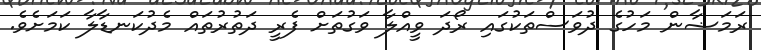
ރަމަޟާން މަހުގެ ދުވަސްތަކުގައި ރޯދަ ވީއްލާ ވަގުތަށް ފެރީ ދަތުރުތައް މެދުކަނޑާލާ ކަމަށެވެ.